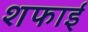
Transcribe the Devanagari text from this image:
शफाई